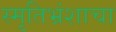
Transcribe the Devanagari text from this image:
स्मृतिभ्रंशाचा